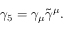
\gamma _ { 5 } = \gamma _ { \mu } \tilde { \gamma } ^ { \mu } .